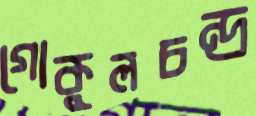
গোকুলচন্দ্র